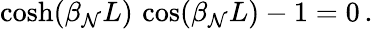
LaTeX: \cosh(\beta_{\mathcal{N}}L)\, \cos(\beta_{\mathcal{N}}L)-1=0\, .